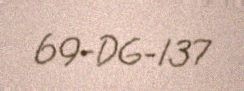
69-DG-137